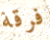
فرقة